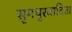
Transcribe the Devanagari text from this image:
सुमधुरवादिता